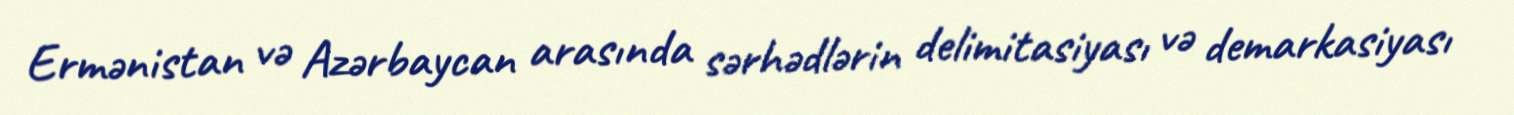
Ermənistan və Azərbaycan arasında sərhədlərin delimitasiyası və demarkasiyası